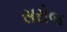
સરોજ